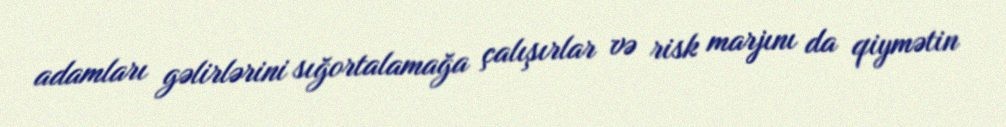
adamları gəlirlərini sığortalamağa çalışırlar və risk marjını da qiymətin